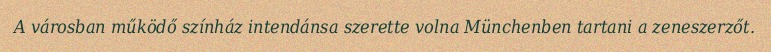
A városban működő színház intendánsa szerette volna Münchenben tartani a zeneszerzőt.